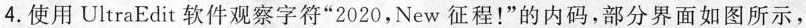
4. 使用 UltraEdit 软件观察字符“2020，New征程！”的内码，部分界面如图所示，